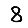
Digit: 8